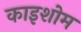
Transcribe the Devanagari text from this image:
काइशोम